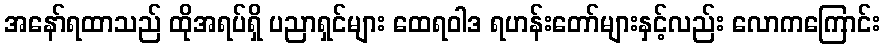
အနော်ရထာသည် ထိုအရပ်ရှိ ပညာရှင်များ ထေရဝါဒ ရဟန်းတော်များနှင့်လည်း လောကကြောင်း